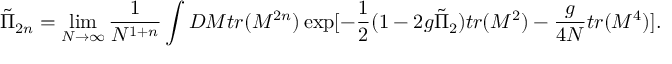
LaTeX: { \tilde { \Pi } } _ { 2 n } = \operatorname * { l i m } _ { N \to \infty } \frac { 1 } { N ^ { 1 + n } } \int D M t r ( M ^ { 2 n } ) \exp [ - \frac { 1 } { 2 } ( 1 - 2 g { \tilde { \Pi } } _ { 2 } ) t r ( M ^ { 2 } ) - \frac { g } { 4 N } t r ( M ^ { 4 } ) ] .